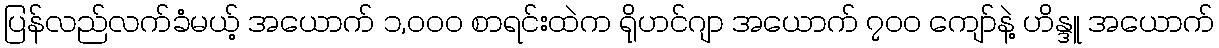
ပြန်လည်လက်ခံမယ့် အယောက် ၁,၀၀၀ စာရင်းထဲက ရိုဟင်ဂျာ အယောက် ၇၀၀ ကျော်နဲ့ ဟိန္ဒူ အယောက်